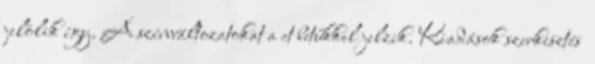
jelölik így. A színváltozatokat a ct betűkkel jelzik. Kiadások szerkesztés